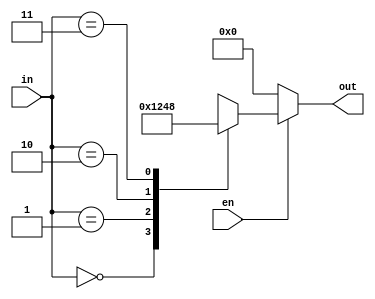
// 2:4 Decoder using Behavior

module P1_DEC_behavior(
    output  reg     [3:0]   out,
    input           [1:0]   in,
    input                   en
);

    always @(*) begin
        if  (en == 1'b1)    begin
            case(in)
                2'b00:  out = 4'b0001;
                2'b01:  out = 4'b0010;
                2'b10:  out = 4'b0100;
                2'b11:  out = 4'b1000;
            endcase
        end else            begin
            out = 4'd0;
        end
    end

endmodule